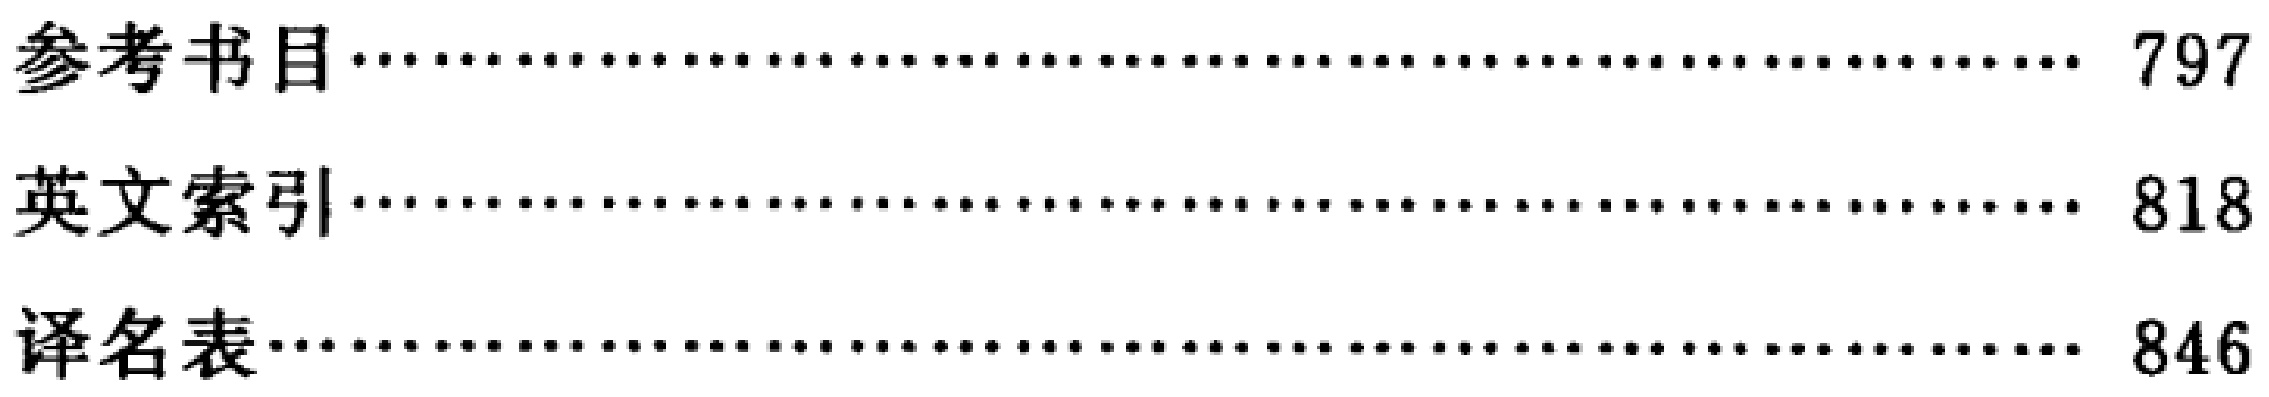
\begin{enumerate}
\item 参考书目\hfill 797
\item 英文索引\hfill 818
\item 译名表\hfill 846
\end{enumerate}